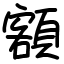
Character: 額